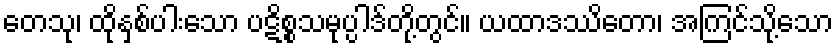
တေသု၊ ထိုနှစ်ပါးသော ပဋိစ္စသမုပ္ပါဒ်တို့တွင်။ ယထာဒဿိတော၊ အကြင်သို့သော